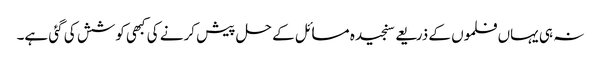
نہ ہی یہاں فلموں کے ذریعے سنجیدہ مسائل کے حل پیش کرنے کی کبھی کوشش کی گئی ہے۔